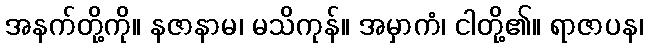
အနက်တို့ကို။ နဇာနာမ၊ မသိကုန်။ အမှာကံ၊ ငါတို့၏။ ရာဇာပန၊